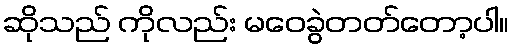
ဆိုသည် ကိုလည်း မဝေခွဲတတ်တော့ပါ။